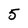
Character: 5